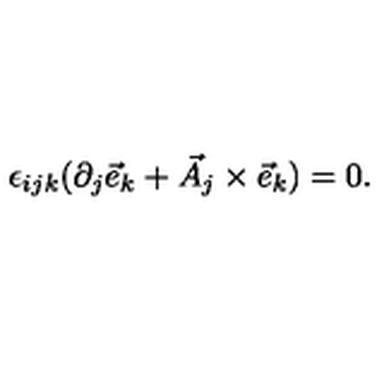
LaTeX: \epsilon _ { i j k } ( \partial _ { j } { \vec { e } } _ { k } + { \vec { A } } _ { j } \times { \vec { e } } _ { k } ) = 0 .